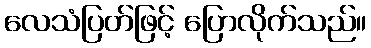
လေသံပြတ်ဖြင့် ပြောလိုက်သည်။